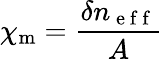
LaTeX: \chi_{\mathrm{m}}=\frac{\delta n_{\mathrm{~e~f~f~}}}{A}